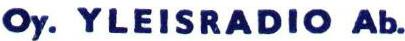
Oy. YLEISRADIO Ab.